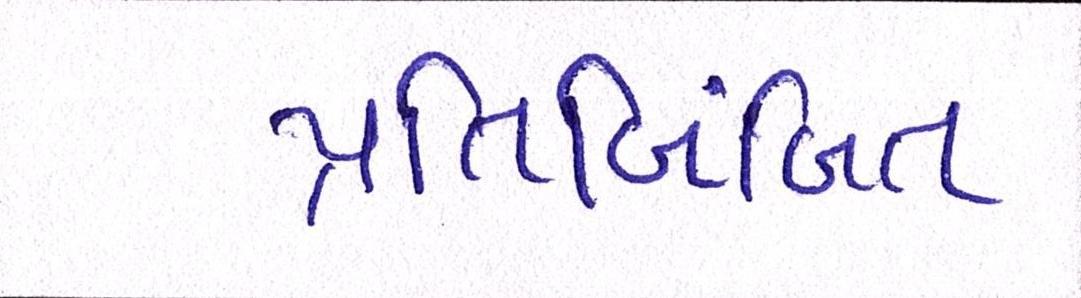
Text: પ્રતિબિંબિત